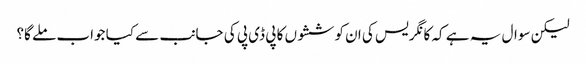
لیکن سوال یہ ہے کہ کانگریس کی ان کوششوں کا پی ڈی پی کی جانب سے کیا جواب ملے گا؟